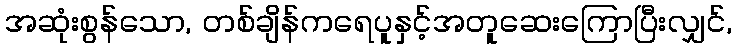
အဆုံးစွန်သော, တစ်ချိန်ကရေပူနှင့်အတူဆေးကြောပြီးလျှင်,